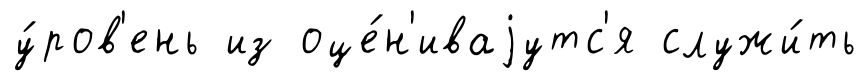
у́ров'ень из оце́н'иваjутс'я служи́ть